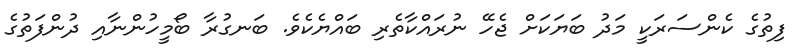
ފިތުގެ ކެންސަރަކީ މަދު ބަޔަކަށް ޖެހޭ ނުރައްކާތެރި ބައްޔެކެވެ. ބަނގުރާ ބޯމީހުންނާއި ދުންފަތުގެ